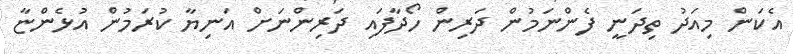
އެކަން މިއަދު ތިދަނީ ފެންނަމުން ދަރިން ހޯދާފައި ދަރިންނަށް އަނިޔާ ކުރަމުން އުޅެންޏާ